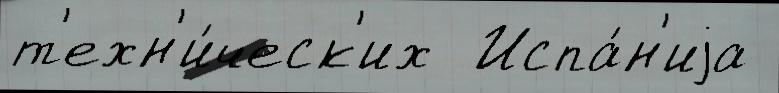
т'ехн'и́ческ'их  Испа́н'иjа